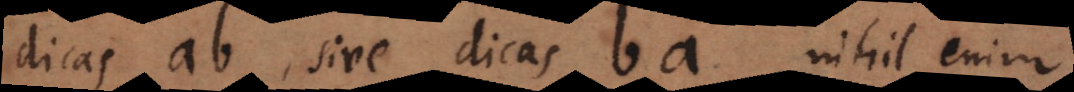
dicas ab, sive dicas ba, nihil enim